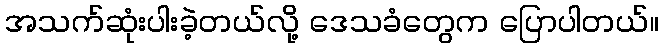
အသက်ဆုံးပါးခဲ့တယ်လို့ ဒေသခံတွေက ပြောပါတယ်။